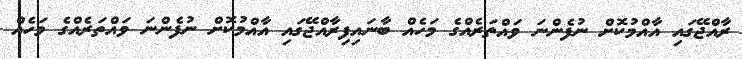
ރާއްޖޭގައި އާއްމުކޮށް ނުފެންނަ ވައްތަރެއްގެ މަހެއް ބާނައިފިރާއްޖޭގައި އާއްމުކޮށް ނުފެންނަ ވައްތަރެއްގެ މަހެއް